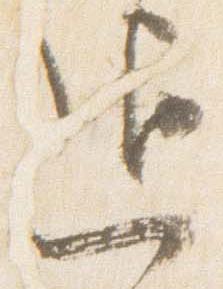
退